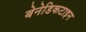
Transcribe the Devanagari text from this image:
बेनेडिकटाइन